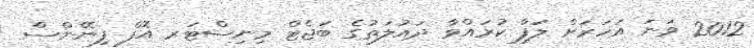
2012 ވަނަ އަހަރަށް ލަފާ ކުރައްވާ ދައުލަތުގެ ބަޖެޓް މިނިސްޓަރ އޮފް ފިނޭންސް